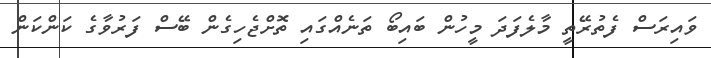
ވައިރަސް ފެތުރޭތީ މާލެފަދަ މީހުން ބައިބޯ ތަނެއްގައި ތޮށްޖެހިގެން ބޭސް ފަރުވާގެ ކަންކަން